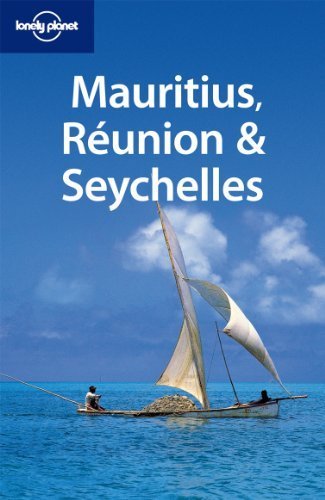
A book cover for Lonely Planet Mauritius. Reunion & Seychelles (Travel Guide) by Lonely Planet ( 2010 ) Paperback; Travel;